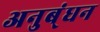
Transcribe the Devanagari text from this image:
अनुब्ंधन